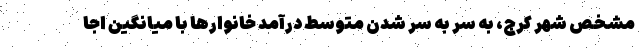
مشخص شهر کرج، به سر به سر شدن متوسط درآمد خانوارها با میانگین اجا